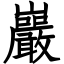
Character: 巖